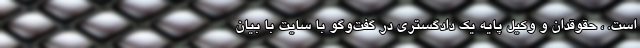
است. ، حقوقدان و وکیل پایه یک دادگستری در گفت‌وگو با سایت با بیان